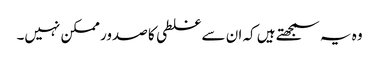
وہ یہ سمجھتے ہیں کہ ان سے غلطی کا صدور ممکن نہیں۔